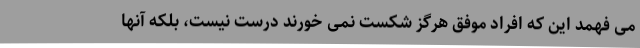
می فهمد این که افراد موفق هرگز شکست نمی خورند درست نیست، بلکه آنها